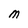
Character: M